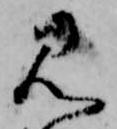
見